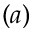
( a )